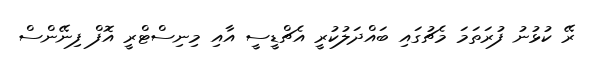
ރޭ ކުޅުނު ފުރަތަމަ މެޗުގައި ބައްދަލުކުރީ އެޗްޑީސީ އާއި މިނިސްޓްރީ އޮފް ފިނޭންސް